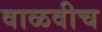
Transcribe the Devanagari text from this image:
वाळवीच